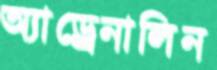
অ্যাড্রেনালিন